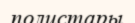
полистары